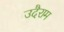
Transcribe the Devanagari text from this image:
उदैराम